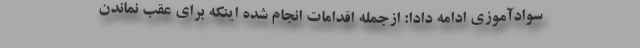
سوادآموزی ادامه دادا: ازجمله اقدامات انجام شده اینکه برای عقب نماندن